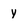
Character: Y